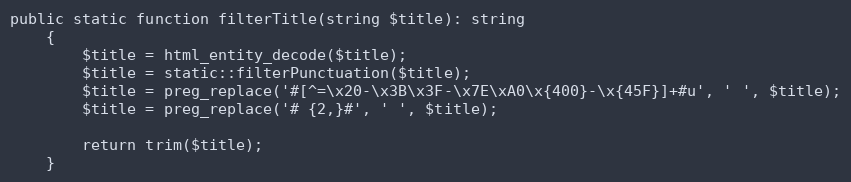
Language: PHP
public static function filterTitle(string $title): string
    {
        $title = html_entity_decode($title);
        $title = static::filterPunctuation($title);
        $title = preg_replace('#[^=\x20-\x3B\x3F-\x7E\xA0\x{400}-\x{45F}]+#u', ' ', $title);
        $title = preg_replace('# {2,}#', ' ', $title);

        return trim($title);
    }